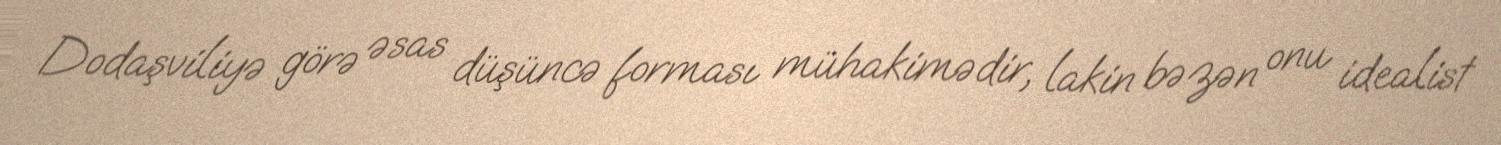
Dodaşviliyə görə əsas düşüncə forması mühakimədir, lakin bəzən onu idealist